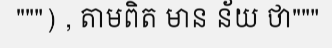
""") , តាមពិត មាន ន័យ ថា"""